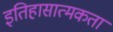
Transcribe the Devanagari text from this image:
इतिहासात्मकता